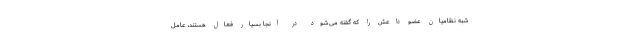
شبه نظامیان عضو داعش را که گفته می‌شود در آنجا بسیار فعال هستند، عامل